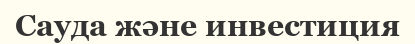
Сауда және инвестиция